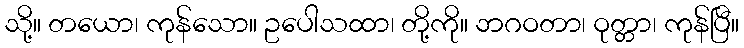
သို့။ တယော၊ ကုန်သော။ ဥပေါသထာ၊ တို့ကို။ ဘဂဝတာ၊ ဝုတ္တာ၊ ကုန်ပြီ။